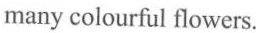
many colourful flowers.